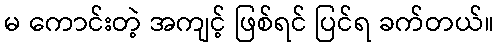
မ ကောင်းတဲ့ အကျင့် ဖြစ်ရင် ပြင်ရ ခက်တယ်။